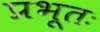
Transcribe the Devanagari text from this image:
प्रभूतः